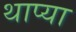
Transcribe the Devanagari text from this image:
थाप्या